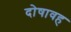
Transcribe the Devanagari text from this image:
दोषावह